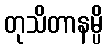
တုသိတာနမ္ပိ